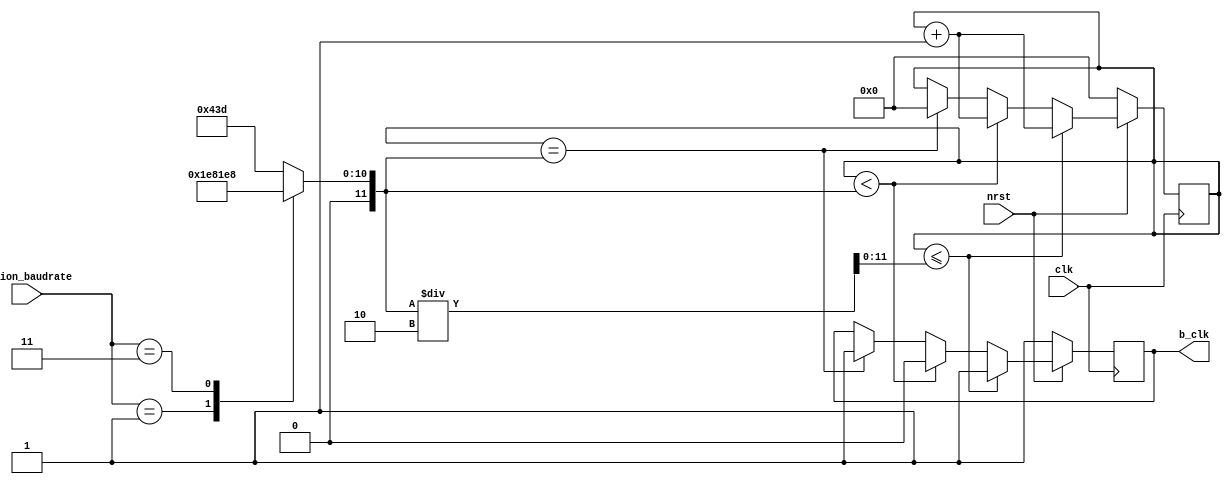
`timescale 1ns / 1ps
//////////////////////////////////////////////////////////////////////////////////
// Company: 
// Engineer: 
// 
// Design Name: 
// Module Name: Baurate_clk
// Project Name: 
// Target Devices: 
// Tool Versions: 
// Description: 
// 
// Dependencies: 
// 
// Revision:
// Revision 0.01 - File Created
// Additional Comments:
// 
//////////////////////////////////////////////////////////////////////////////////


module Baudrate_clk(
    input [1:0]option_baudrate,
    input clk, nrst,
    output reg b_clk
    );
    
    
    reg [11:0]no_count, half_no_count;
    reg [11:0]count; // 125MHz/115200
    
    always @(clk) begin
        case (option_baudrate)
            2'b00 : no_count <= 1085;
            2'b01 : no_count <= 976;
            2'b11 : no_count <= 488;
            default : no_count <= 1085; //teestbech
        endcase
        
        half_no_count <= no_count /2;
    end
    
    always @(posedge clk) begin
        if (!nrst) begin
            count =0;
            b_clk =1;
        end
        else begin
            if (count <= (half_no_count)) begin //542
                count <= count +1;
                b_clk <=1;
            end
            else if (count <no_count) begin //1085
                count <= count +1;
                b_clk <=0;
            end
            else if (count == no_count) begin
                count <= 0;
                b_clk <=1;
            end
        end
    end
endmodule